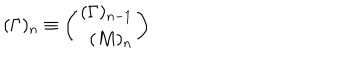
( \Gamma ) _ { n } \equiv \left( \begin{array} { r r } { { ( \Gamma ) _ { n - 1 } } } \\ { { \ ( M ) _ { n } } } \\ \end{array} \right)